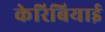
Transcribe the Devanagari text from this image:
केरिबियाई